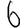
Digit: 6